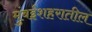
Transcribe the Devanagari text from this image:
मुंबईशहरातील